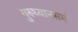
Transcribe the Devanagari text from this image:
गुरुध्यानसमं